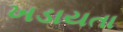
ખડાયતા